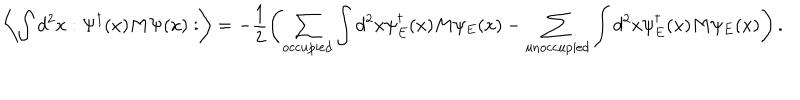
LaTeX: \left\langle \int d ^ { 2 } x : \Psi ^ { \dagger } ( x ) M \Psi ( x ) : \right\rangle = - \frac { 1 } { 2 } \left( \sum _ { \mathrm { o c c u p i e d } } \int d ^ { 2 } x \psi _ { E } ^ { \dagger } ( x ) M \psi _ { E } ( x ) - \sum _ { \mathrm { u n o c c u p i e d } } \int d ^ { 2 } x \psi _ { E } ^ { \dagger } ( x ) M \psi _ { E } ( x ) \right) .